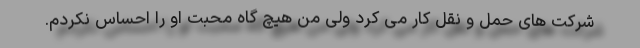
شرکت های حمل و نقل کار می کرد ولی من هیچ گاه محبت او را احساس نکردم.